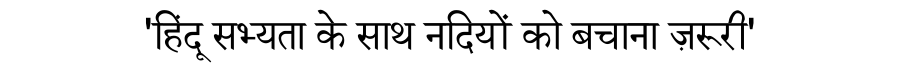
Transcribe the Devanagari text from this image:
'हिंदू सभ्यता के साथ नदियों को बचाना ज़रूरी'